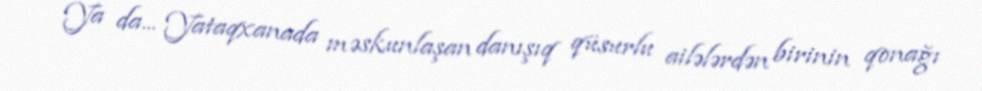
Ya da... Yataqxanada məskunlaşan danışıq qüsurlu ailələrdən birinin qonağı